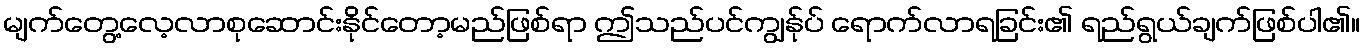
မျက်တွေ့လေ့လာစုဆောင်းနိုင်တော့မည်ဖြစ်ရာ ဤသည်ပင်ကျွန်ုပ် ရောက်လာရခြင်း၏ ရည်ရွယ်ချက်ဖြစ်ပါ၏။